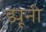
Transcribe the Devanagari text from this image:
ड्यूनी